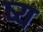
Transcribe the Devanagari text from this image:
ष्य